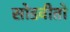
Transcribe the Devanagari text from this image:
सोडवीतो